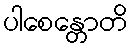
ပါစေန္တောတိ